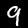
Label: 9